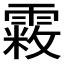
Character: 𩄧